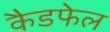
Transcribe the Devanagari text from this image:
कैडफेल